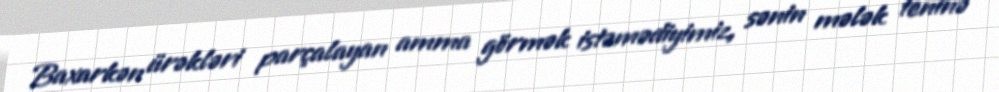
Baxarkən ürəkləri parçalayan amma görmək istəmədiyimiz, sənin mələk teninə